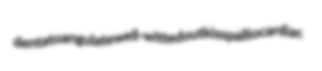
dentatoangulate well-witted outkiss palliocardiac